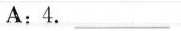
A:4.___B:She is cooking vegetables.